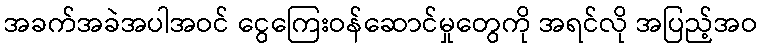
အခက်အခဲအပါအဝင် ငွေကြေးဝန်ဆောင်မှုတွေကို အရင်လို အပြည့်အဝ